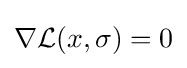
\nabla {\mathcal {L}}(x,\sigma )=0